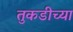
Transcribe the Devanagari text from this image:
तुकडीच्या